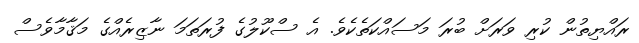
ރައްޔިތުން ކުރި ވަރަށް ބުރަ މަސައްކަތެކެވެ. އެ ސްކޫލުގެ ފުރަތަމަ ނާޒިރެއްގެ މަޤާމާވެސް